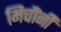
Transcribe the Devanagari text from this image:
मिचौंनी